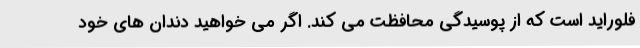
فلوراید است که از پوسیدگی محافظت می کند. اگر می خواهید دندان های خود